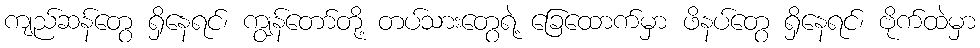
ကျည်ဆန်တွေ ရှိနေရင်၊ ကျွန်တော်တို့ တပ်သားတွေရဲ့ ခြေထောက်မှာ ဖိနပ်တွေ ရှိနေရင်၊ ဗိုက်ထဲမှာ